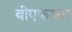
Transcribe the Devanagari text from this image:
बीएफआर